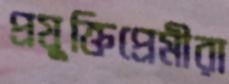
প্রযুক্তিপ্রেমীরা